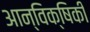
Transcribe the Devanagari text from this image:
आन्विक्षिकी